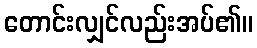
တောင်းလျှင်လည်းအပ်၏။